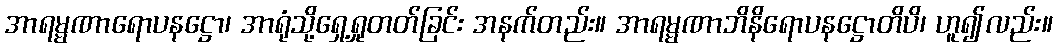
အာရမ္မဏာရောပနဋ္ဌော၊ အာရုံသို့ရှေ့ရှုတတ်ခြင်း အနက်တည်း။ အာရမ္မဏာဘိနိရောပနဋ္ဌောတိပိ၊ ဟူ၍လည်း။